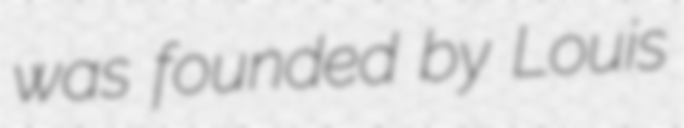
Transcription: was founded by Louis